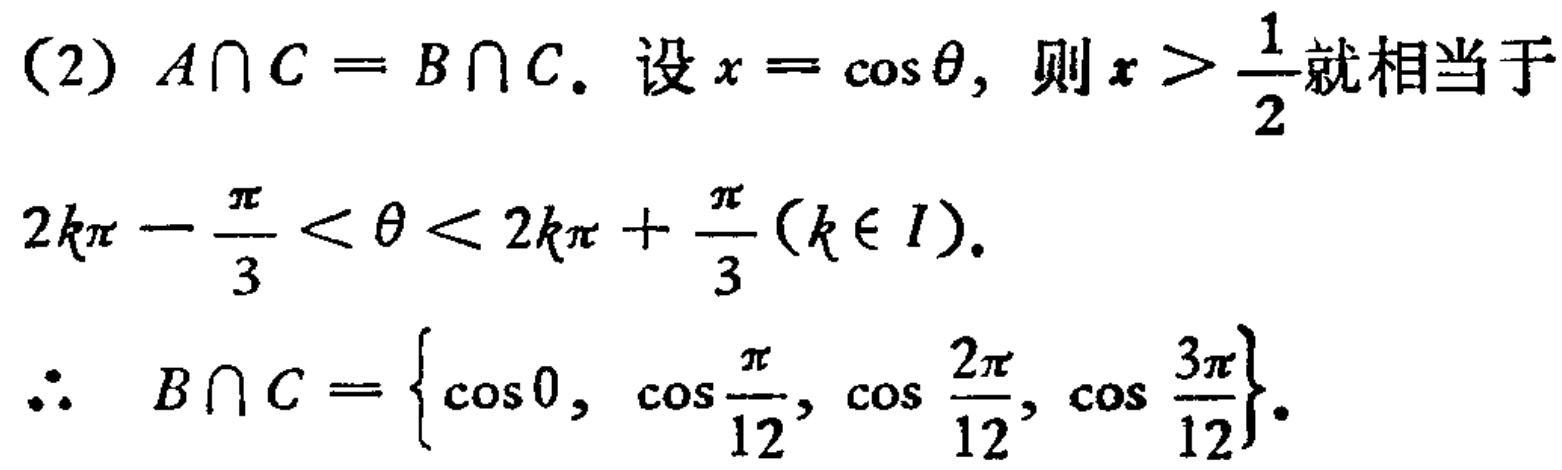
(2) \(A\cap C = B\cap C\). 设 \(x = \cos\theta\), 则 \(x > \frac{1}{2}\)就相当于

\(2k\pi - \frac{\pi}{3} < \theta < 2k\pi + \frac{\pi}{3}(k\in I)\).

\(\therefore B\cap C = \left\{\cos 0, \cos\frac{\pi}{12}, \cos\frac{2\pi}{12}, \cos\frac{3\pi}{12}\right\}\).